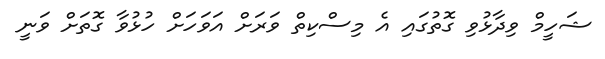
ޝަހީމް ވިދާޅުވި ގޮތުގައި އެ މިސްކިތް ވަރަށް އަވަހަށް ހުޅުވާ ގޮތަށް ވަނީ